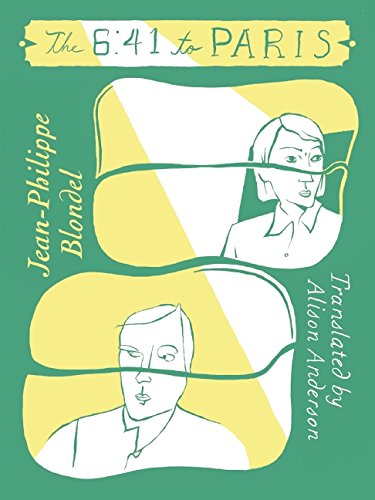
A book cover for The 6:41 to Paris; Jean-Philippe Blondel; Travel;